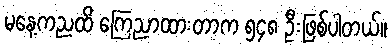
မနေ့ကညထိ ကြေညာထားတာက ၅၄၈ ဦးဖြစ်ပါတယ်။